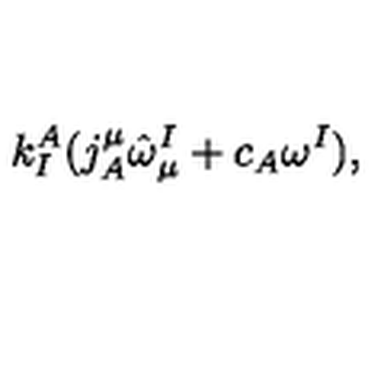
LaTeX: k _ { I } ^ { A } ( j _ { A } ^ { \mu } \hat { \omega } _ { \mu } ^ { I } + c _ { A } \omega ^ { I } ) ,